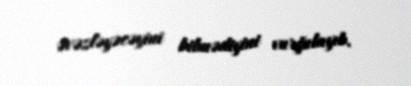
əvəzləyəcəyini bilmədiyini vurğulayıb.